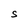
Character: S